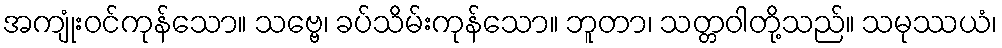
အကျုံးဝင်ကုန်သော။ သဗ္ဗေ၊ ခပ်သိမ်းကုန်သော။ ဘူတာ၊ သတ္တဝါတို့သည်။ သမုဿယံ၊